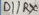
Text: D1/RX